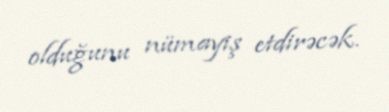
olduğunu nümayiş etdirəcək.